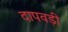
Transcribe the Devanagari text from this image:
दापवड़ी